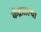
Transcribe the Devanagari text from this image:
केंद्रातल्या